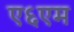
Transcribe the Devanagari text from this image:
ए६एम